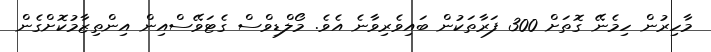
މާހިރުން ހިމެނޭ ގޮތަށް 300 ފަރާތަކުން ބައިވެރިވާނެ އެވެ. މޯލްޑިވްސް ގެޓަވޭސްއިން އިންތިޒާމުކޮށްގެން